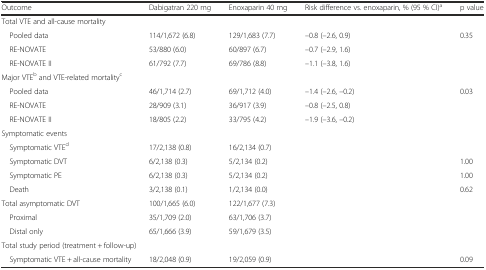
<table><thead><tr><td><b>Outcome</b></td><td><b>Dabigatran 220 mg</b></td><td><b>Enoxaparin 40 mg</b></td><td><b>Risk difference vs. enoxaparin, % (95 % CI)<sup>a</sup></b></td><td><b>p value</b></td></tr></thead><tbody><tr><td colspan="3">Total VTE and all-cause mortality</td><td></td><td></td></tr><tr><td> Pooled data</td><td>114/1,672 (6.8)</td><td>129/1,683 (7.7)</td><td>–0.8 (–2.6, 0.9)</td><td>0.35</td></tr><tr><td> RE-NOVATE</td><td>53/880 (6.0)</td><td>60/897 (6.7)</td><td>–0.7 (–2.9, 1.6)</td><td></td></tr><tr><td> RE-NOVATE II</td><td>61/792 (7.7)</td><td>69/786 (8.8)</td><td>–1.1 (–3.8, 1.6)</td><td></td></tr><tr><td colspan="2">Major VTE<sup>b</sup> and VTE-related mortality<sup>c</sup></td><td></td><td></td><td></td></tr><tr><td> Pooled data</td><td>46/1,714 (2.7)</td><td>69/1,712 (4.0)</td><td>–1.4 (–2.6, –0.2)</td><td>0.03</td></tr><tr><td> RE-NOVATE</td><td>28/909 (3.1)</td><td>36/917 (3.9)</td><td>–0.8 (–2.5, 0.8)</td><td></td></tr><tr><td> RE-NOVATE II</td><td>18/805 (2.2)</td><td>33/795 (4.2)</td><td>–1.9 (–3.6, –0.2)</td><td></td></tr><tr><td colspan="2">Symptomatic events</td><td></td><td></td><td></td></tr><tr><td> Symptomatic VTE<sup>d</sup></td><td>17/2,138 (0.8)</td><td>16/2,134 (0.7)</td><td></td><td></td></tr><tr><td> Symptomatic DVT</td><td>6/2,138 (0.3)</td><td>5/2,134 (0.2)</td><td></td><td>1.00</td></tr><tr><td> Symptomatic PE</td><td>6/2,138 (0.3)</td><td>5/2,134 (0.2)</td><td></td><td>1.00</td></tr><tr><td> Death</td><td>3/2,138 (0.1)</td><td>1/2,134 (0.0)</td><td></td><td>0.62</td></tr><tr><td>Total asymptomatic DVT</td><td>100/1,665 (6.0)</td><td>122/1,677 (7.3)</td><td></td><td></td></tr><tr><td> Proximal</td><td>35/1,709 (2.0)</td><td>63/1,706 (3.7)</td><td></td><td></td></tr><tr><td> Distal only</td><td>65/1,666 (3.9)</td><td>59/1,679 (3.5)</td><td></td><td></td></tr><tr><td colspan="2">Total study period (treatment + follow-up)</td><td></td><td></td><td></td></tr><tr><td> Symptomatic VTE + all-cause mortality</td><td>18/2,048 (0.9)</td><td>19/2,059 (0.9)</td><td></td><td>0.09</td></tr></tbody></table>